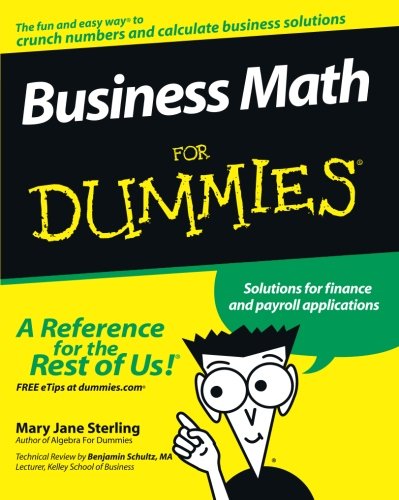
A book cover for Business Math For Dummies; Mary Jane Sterling; Business & Money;